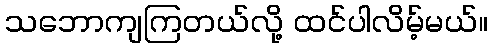
သဘောကျကြတယ်လို့ ထင်ပါလိမ့်မယ်။